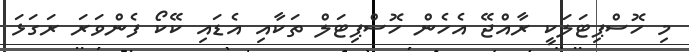
މި ހޮސްޕިޓަލަކީ ރާއްޖޭ އެހެން ހޮސްޕިޓަލް ތަކާއި އެޑައި ކޭކޯ ފެންވަރަ ރަގަޅަ